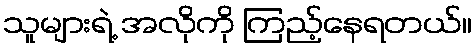
သူများရဲ့ အလိုကို ကြည့်နေရတယ်။